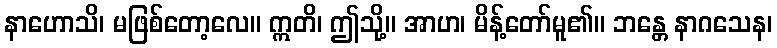
နာဟောသိ၊ မဖြစ်တော့လေ။ ဣတိ၊ ဤသို့။ အာဟ၊ မိန့်တော်မူ၏။ ဘန္တေ နာဂသေန၊